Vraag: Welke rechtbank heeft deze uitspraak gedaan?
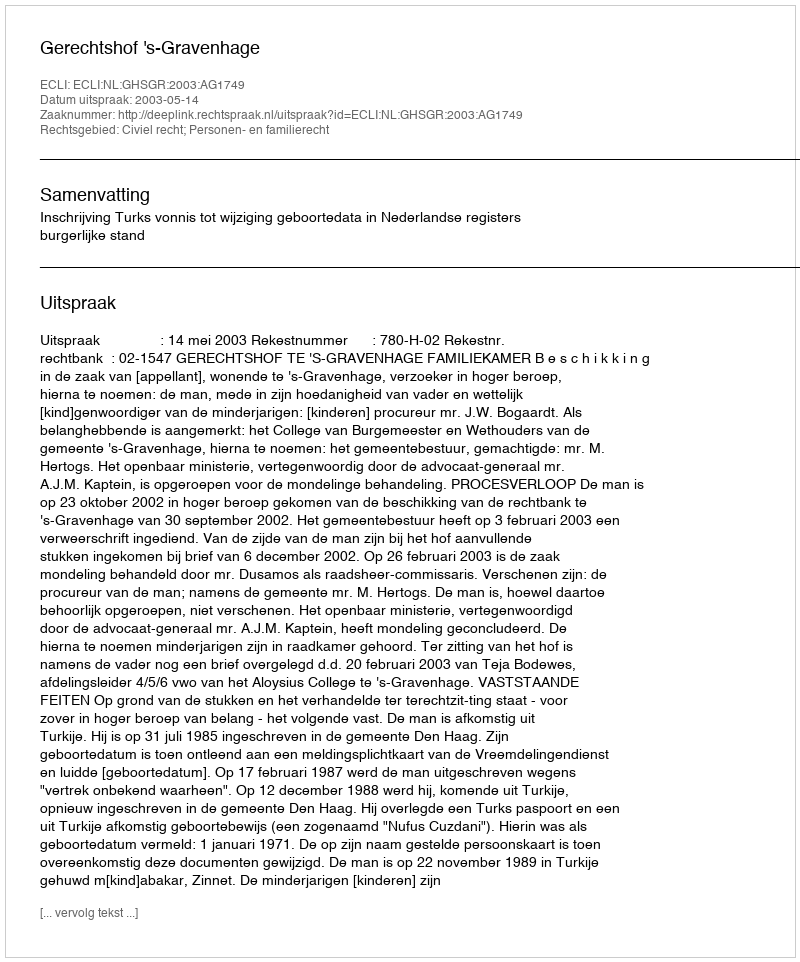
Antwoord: Gerechtshof 's-Gravenhage